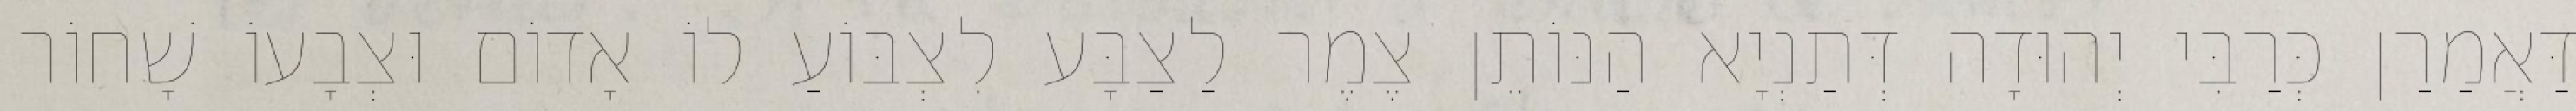
דַּאֲמַרַן כְּרַבִּי יְהוּדָה דְּתַנְיָא הַנּוֹתֵן צֶמֶר לַצַבָּע לִצְבּוֹעַ לוֹ אָדוֹם וּצְבָעוֹ שָׁחוֹר